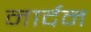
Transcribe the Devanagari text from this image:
नार्दन